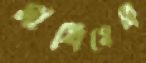
মাখিয়েছি